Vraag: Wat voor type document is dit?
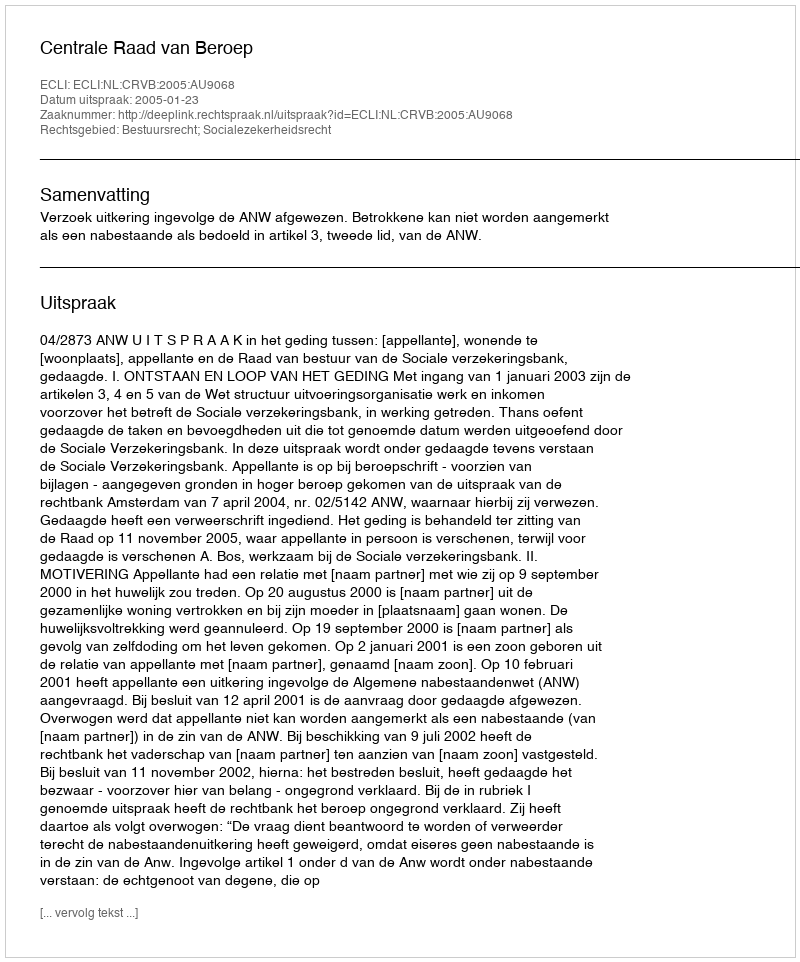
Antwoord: Uitspraak